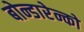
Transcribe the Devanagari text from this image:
बोन्डारेन्को